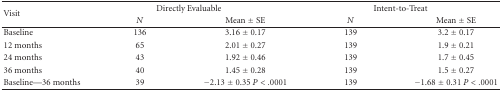
| <ROWSPAN=2> Visit | <COLSPAN=2> Directly Evaluable | <COLSPAN=2> Intent-to-Treat |
 | N | Mean ± SE | N | Mean ± SE |
 | --- | --- | --- | --- | --- |
 | Baseline | 136 | 3.16 ± 0.17 | 139 | 3.2 ± 0.17 |
 | 12 months | 65 | 2.01 ± 0.27 | 139 | 1.9 ± 0.21 |
 | 24 months | 43 | 1.92 ± 0.46 | 139 | 1.7 ± 0.45 |
 | 36 months | 40 | 1.45 ± 0.28 | 139 | 1.5 ± 0.27 |
 | Baseline—36 months | 39 | −2.13 ± 0.35 P < .0001 | 139 | −1.68 ± 0.31 P < .0001 |